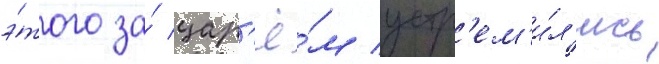
э́того за́ цар'ё́м устр'ем'и́л'ись